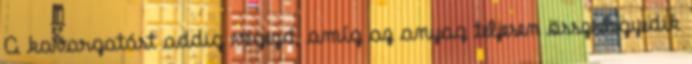
A kavargatást addig végezd, amíg az anyag teljesen összeelegyedik